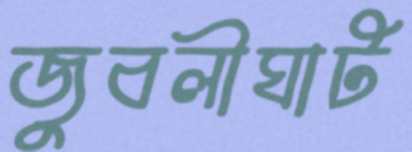
জুবলীঘাট